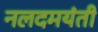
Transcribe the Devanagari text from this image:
नलदमयंती